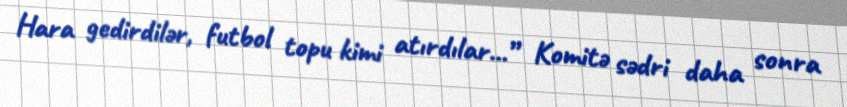
Hara gedirdilər, futbol topu kimi atırdılar...” Komitə sədri daha sonra